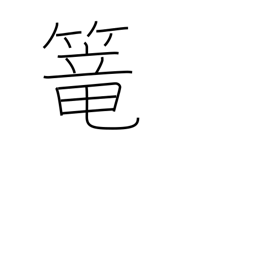
Meaning: seclude oneself